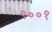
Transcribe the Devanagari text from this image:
९००१